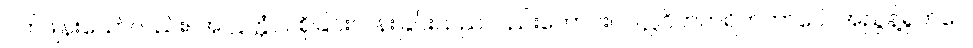
ပက်ဖျန်းသော်လည်း။ အလ္လတ္တံဝါ၊ စိုခြင်းလန်းခြင်းသည်လည်းကောင်း။ ပလ္လဝိတဟရိတဘာဝေါ၊ အညွန့်ရွက်ဝေ